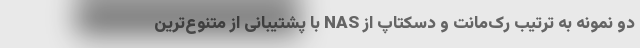
دو نمونه به ترتیب رک‌مانت و دسکتاپ از NAS با پشتیبانی از متنوع‌ترین